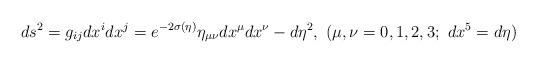
LaTeX: \begin{align*}ds^2=g_{ij}dx^idx^j=e^{-2\sigma(\eta)}\eta_{\mu\nu}dx^\mu dx^\nu-d\eta^2,~(\mu,\nu=0,1,2,3;~dx^5=d\eta ) \end{align*}